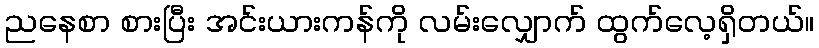
ညနေစာ စားပြီး အင်းယားကန်ကို လမ်းလျှောက် ထွက်လေ့ရှိတယ်။